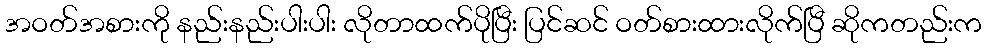
အဝတ်အစားကို နည်းနည်းပါးပါး လိုတာထက်ပိုပြီး ပြင်ဆင် ဝတ်စားထားလိုက်ပြီ ဆိုကတည်းက